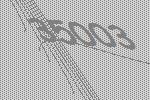
35003